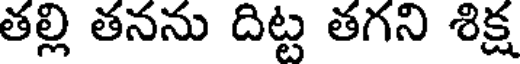
తల్లి తనను దిట్ట తగని శిక్ష